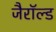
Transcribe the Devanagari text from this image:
जैरॉल्ड